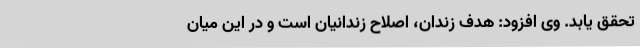
تحقق یابد. وی افزود: هدف زندان، اصلاح زندانیان است و در این میان